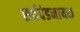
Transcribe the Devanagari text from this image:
सर्वदंडनायक